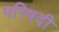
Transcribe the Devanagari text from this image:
परिषदी